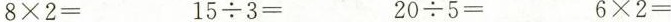
$$8 × 2 =$$ $$1 5 \div 3 =$$ $$2 0 \div 5 =$$ $$6 × 2 =$$